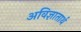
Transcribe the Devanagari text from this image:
अविज्ञातार्थ